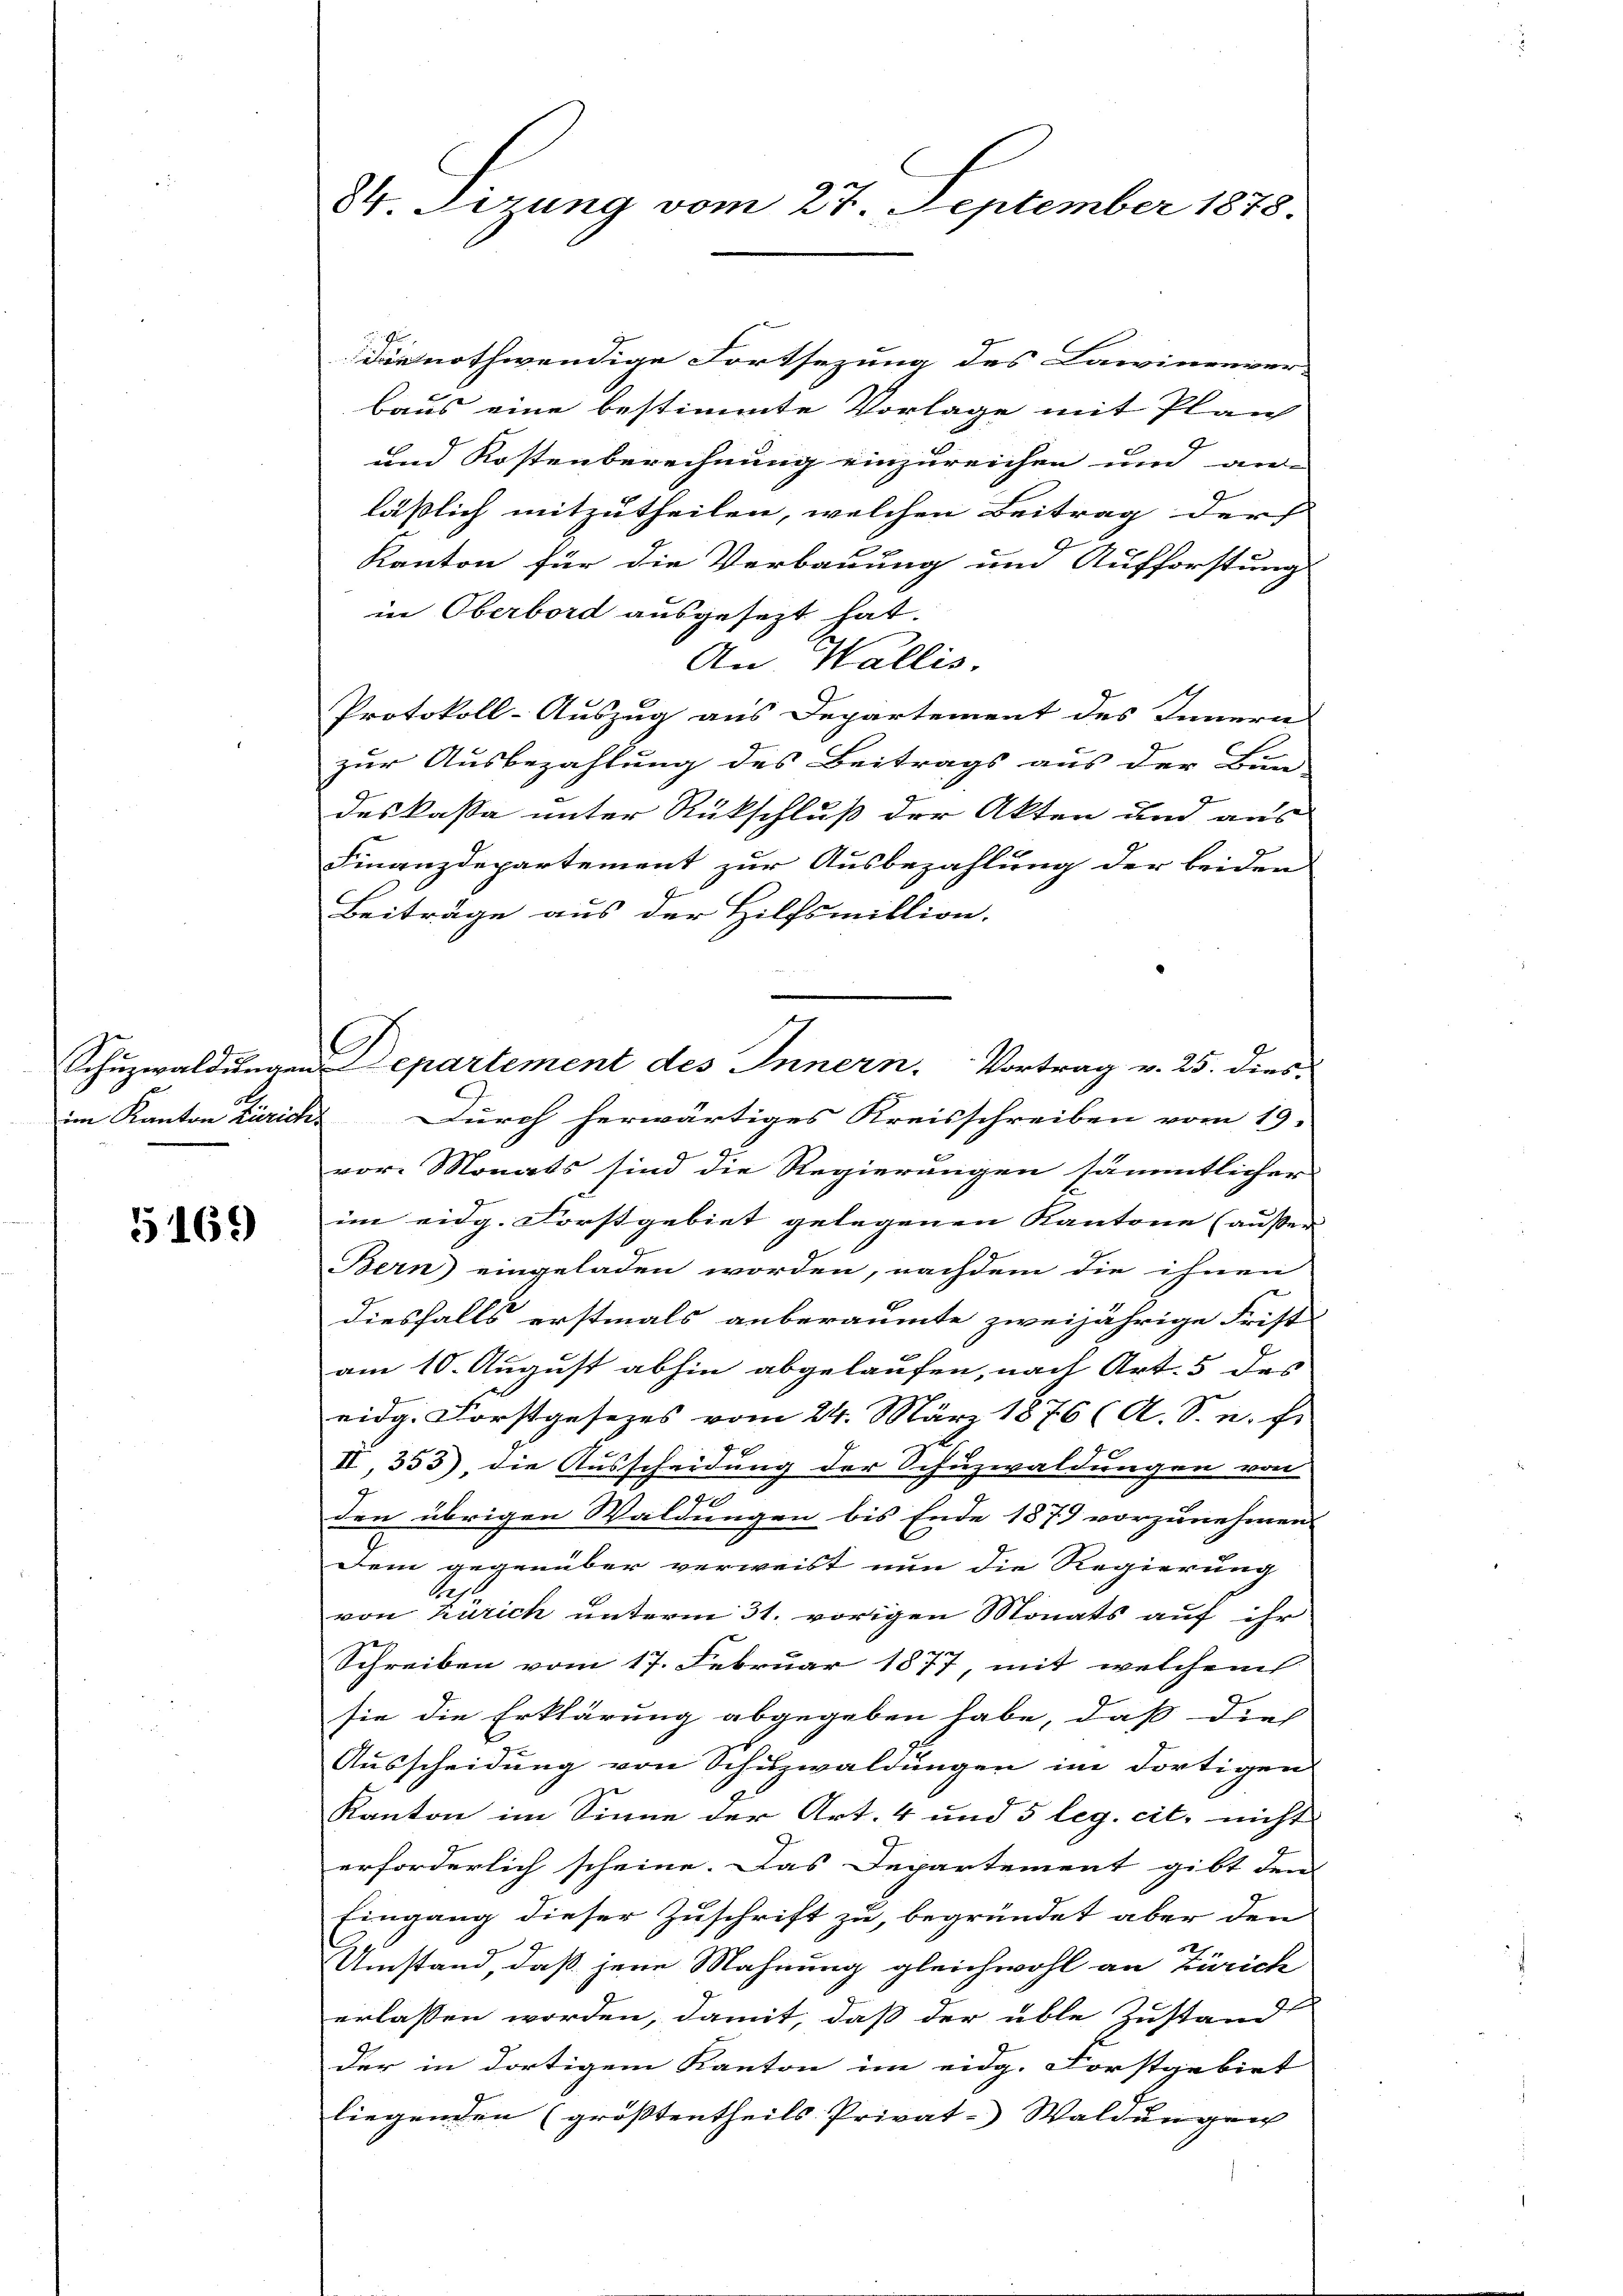
5169

34 Tizung vom 27. September 1878.

Die nothwendige Fortsezung des Lawinenver-
baus eine bestimmte Vorlage mit Plan
und Kostenberechnung einzureichen und an-
läßlich mitzutheilen, welchen Beitrag der
Kanton für die Verbauung und Aufforstung
in Oberbord ausgesezt hat.
An Wallis,
Protokoll-Auszug aus Departement des Innern
zur Ausbezahlung des Beitrags aus der Bun-
deskassa unter Rückschluß der Akten und aus
Finanzdepartement zur Ausbezahlung der beider
Beiträge aus der Hilfsmillion.
im Kanton Zürich Durch herwärtiges Kreisschreiben vom 19.
vor. Monats sind die Regierungen sämmtlicher
im eidg. Forstgebiet gelegenen Kantone (ausser
Bern eingeladen worden, nachdem die ihnen
diesfalls erstmals anberaumte zweijährige Frist-
am 10. August abhin abgelaufen, nach Art. 5 des
eidg. Forstgesezes vom 24. März 1876 (A. S. n. Fr
II, 353), die Ausscheidung der Schuzwaldungen von
m
den übrigen Waldungen bis Ende 1879 vorzunehmen.
Dem gegenüber verweist nun die Regierung
von Zürich unterm 31. vorigen Monats auf ihr
Schreiben vom 17. Februar 1877, mit welchem
sie die Erklärung abgegeben habe, daß dies
Ausscheidung von Schuzwaldungen im dortigen
Kanton im Sinne der Art. 4 und 5 leg. cit. nicht
erforderlich scheine. Das Departement gibt dem
Eingang dieser Zuschrift zu, begründet aber den
Umstand, daß jene Mahnung gleichwohl an Zürich
erlassen worden, damit, daß der üble Zustand
der in dortigem Kanton im eidg. Forstgebiet
liegenden (größtentheils Privat-Waldungen

G
Schuzwaldungen Lepartement des Innern, Vortrag v. 25. dies